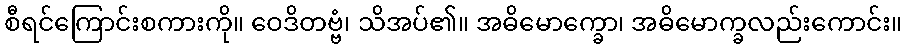
စီရင်ကြောင်းစကားကို။ ဝေဒိတဗ္ဗံ၊ သိအပ်၏။ အဓိမောက္ခော၊ အဓိမောက္ခလည်းကောင်း။